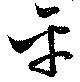
平